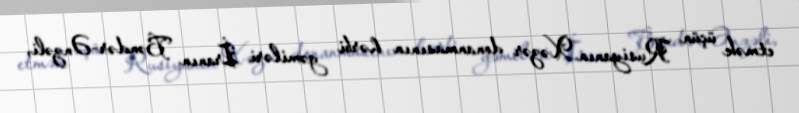
etmək üçün Rusiyanın Xəzər donanmasının hərbi gəmiləri İranın Bəndər-Ənzəli,